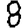
Digit: 8